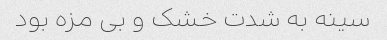
سینه به شدت خشک و بی مزه بود